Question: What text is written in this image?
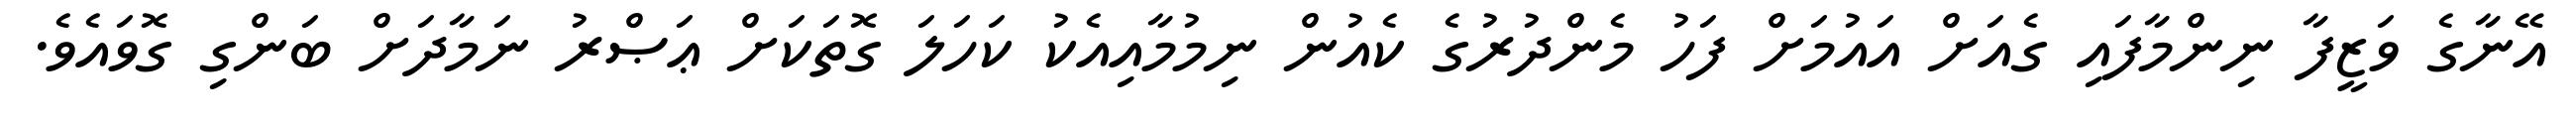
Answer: އޭނާގެ ވަޒީފާ ނިންމާފައި ގެއަށް އައުމަށް ފަހު މެންދުރުގެ ކެއުން ނިމުމާއިއެކު ކަހަލަ ގޮތަކަށް ޢަޞްރު ނަމާދަށް ބަންގި ގޮވައެވެ.